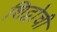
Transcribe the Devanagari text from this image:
शिद्वोची